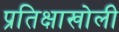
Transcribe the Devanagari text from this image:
प्रतिक्षाखोली